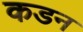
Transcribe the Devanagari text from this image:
कडन